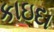
કાઇદા